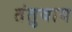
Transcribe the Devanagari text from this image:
तंतुवाय